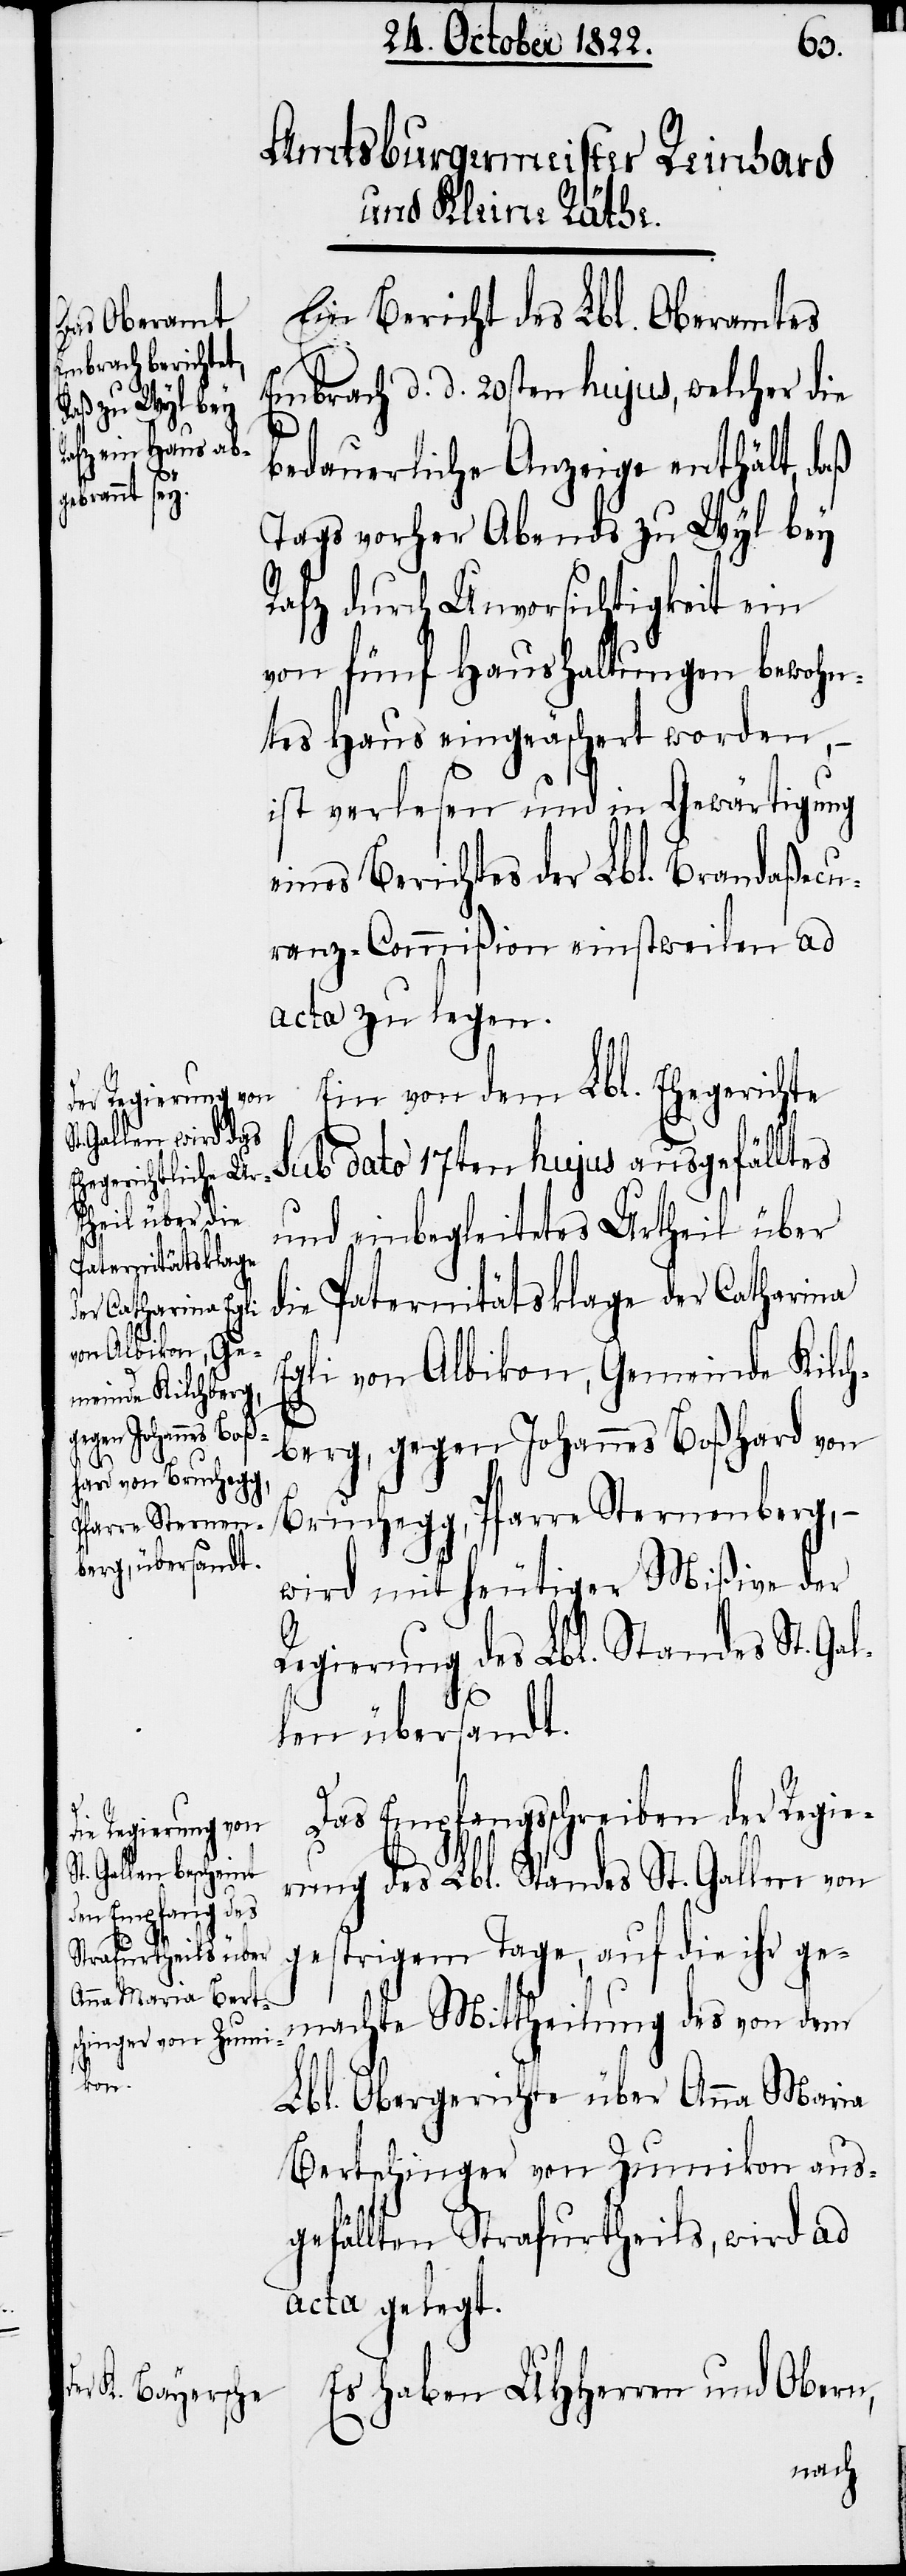
Ein Bericht des Lbl. Oberamtes
Embrach d. d. 20sten hujus, welcher die
bedauerliche Anzeige enthält, daß
Tags vorher Abends zu Wyl bey
Rafz durch Unvorsichtigkeit ein
von fünf Haushaltungen bewohn¬
tes Haus eingeäschert worden,
ist verlesen und in Gewärtigung
eines Berichtes der Lbl. Brandaßecu¬
ranz-Commißion einstweilen ad
acta zu legen.
Ein von dem Lbl. Ehegerichte
sub dato 17ten hujus ausgefälltes
und einbegleitetes Urtheil über
die Paternitätsklage der Catharina
Egli von Albikon, Gemeinde Kilch¬
berg, gegen Johannes Boßhard von
Bruchegg, Pfarre Sternenberg, –
wird mit heutiger Mißive der
Regierung des Lbl. Standes St. Gal¬
len übersandt.
Das Empfangsschreiben der Regie¬
rung des Lbl. Standes St. Gallen von
gestrigem Tage, auf die ihr ge¬
machte Mittheilung des von dem
Lbl. Obergerichte über Anna Maria
Bertschinger von Zumikon aus¬
gefällten Strafurtheils, wird ad
acta gelegt.
Es haben UHHerren und Obern,